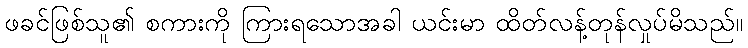
ဖခင်ဖြစ်သူ၏ စကားကို ကြားရသောအခါ ယင်းမာ ထိတ်လန့်တုန်လှုပ်မိသည်။